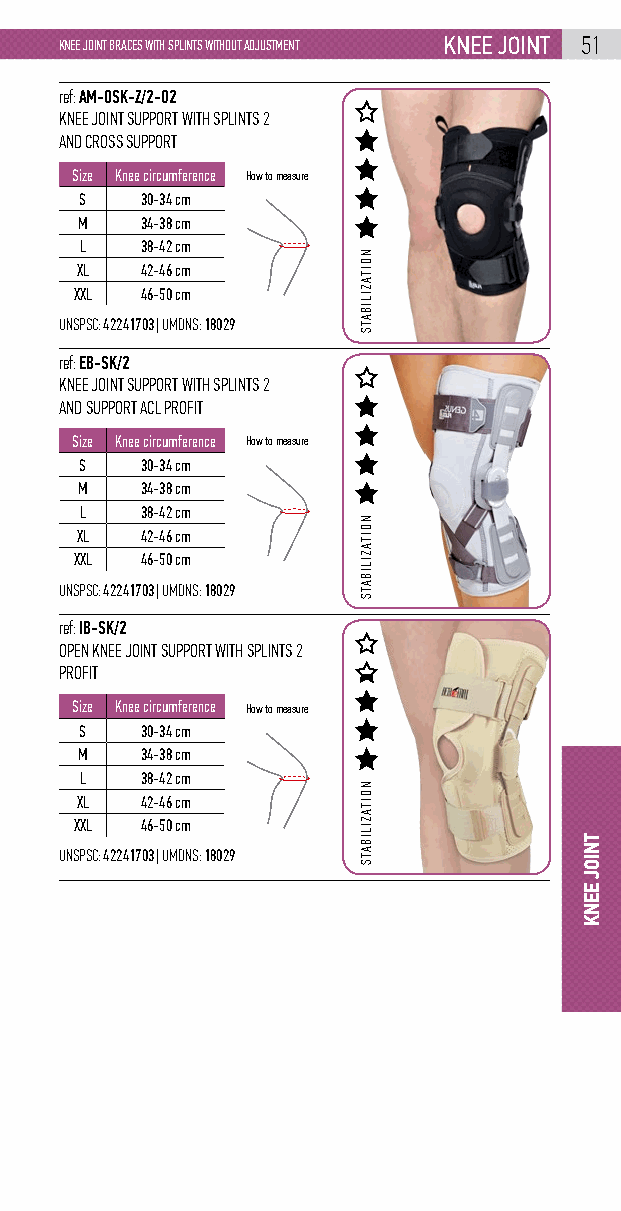
KNEE JOINT BRACES WITH SPLINTS WITHOUT ADJUSTMENT knEE joint 51
 ref: AM-OSK-Z/2-02
 KNEE JOINT SUPPORT WITH SPLINTS 2
 AND CROSS SUPPORT
 Size Knee circumference How to measure
 S   30-34 cm
 M   34-38 cm
 L   38-42 cm
 XL  42-46 cm
 XXL 46-50 cm
 UNSPSC: 42241703 | UMDNS: 18029
 ref: EB-SK/2
 KNEE JOINT SUPPORT WITH SPLINTS 2
 AND SUPPORT ACL PROFIT
 Size Knee circumference How to measure
 S   30-34 cm
 M   34-38 cm
 L   38-42 cm
 XL  42-46 cm
 XXL 46-50 cm
 UNSPSC: 42241703 | UMDNS: 18029
 ref: IB-SK/2
 OPEN KNEE JOINT SUPPORT WITH SPLINTS 2
 PROFIT
 Size Knee circumference How to measure
 S   30-34 cm
 M   34-38 cm
 L   38-42 cm
 XL  42-46 cm
 XXL 46-50 cm
 UNSPSC: 42241703 | UMDNS: 18029
 NOITAZILIBATS
 NOITAZILIBATS
 NOITAZILIBATS
 tNioj
 EENK